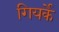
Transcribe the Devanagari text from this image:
गियर्के